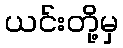
ယင်းတို့မှ